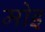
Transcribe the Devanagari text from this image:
मोइ